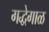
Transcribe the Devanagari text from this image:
गद्धेगाळ